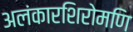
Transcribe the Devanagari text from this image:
अलंकारशिरोमणि